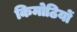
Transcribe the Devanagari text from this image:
किमोठियों